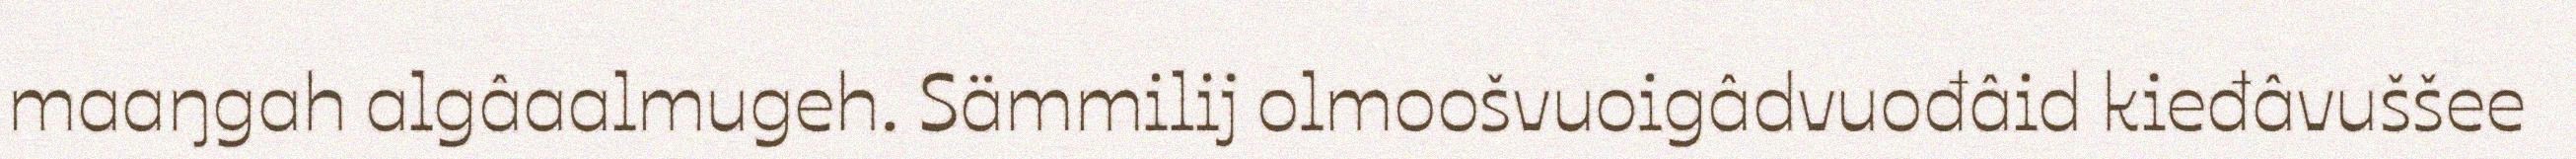
maaŋgah algâaalmugeh. Sämmilij olmoošvuoigâdvuođâid kieđâvuššee